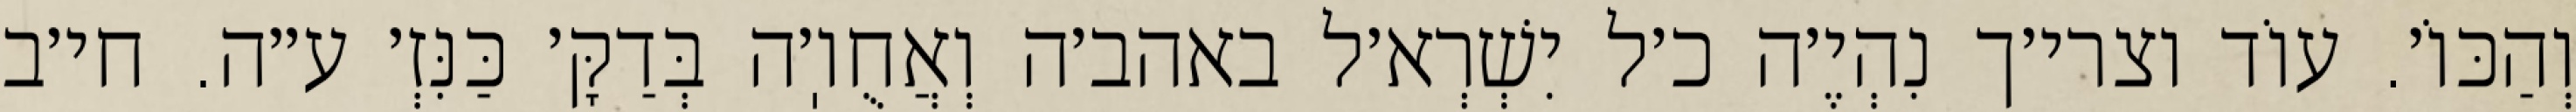
וְהַכּוֹ׳. עוֹד וצרי׳ך נִהְיֶ׳ה כ׳ל יִשְׁרְא׳ל באהב׳ה וְאֲחֻוֽ׳ה בְּדַקָּ׳ כַּנִּזְ׳ ע״ה. חי׳ב